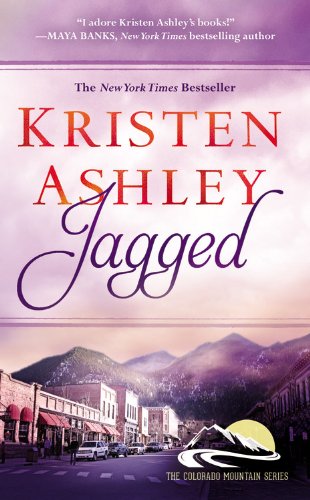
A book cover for Jagged (Colorado Mountain); Kristen Ashley; Romance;